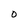
Character: 0